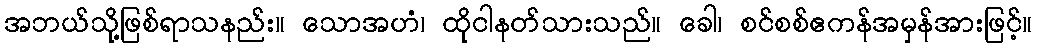
အဘယ်သို့ဖြစ်ရာသနည်း။ သောအဟံ၊ ထိုငါနတ်သားသည်။ ခေါ၊ စင်စစ်ဧကန်အမှန်အားဖြင့်။